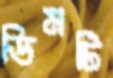
ডিমটি